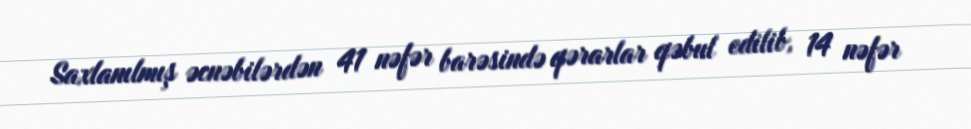
Saxlanılmış əcnəbilərdən 41 nəfər barəsində qərarlar qəbul edilib, 14 nəfər